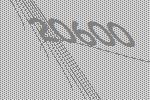
20600